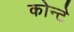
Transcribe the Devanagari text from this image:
कोन्टे